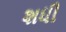
શધી